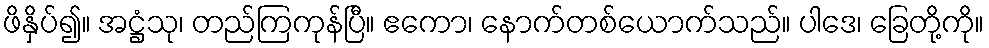
ဖိနှိပ်၍။ အဋ္ဌံသု၊ တည်ကြကုန်ပြီ။ ဧကော၊ နောက်တစ်ယောက်သည်။ ပါဒေ၊ ခြေတို့ကို။